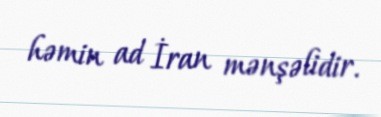
həmin ad İran mənşəlidir.